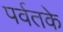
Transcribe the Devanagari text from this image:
पर्वतके